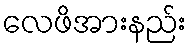
လေဖိအားနည်း